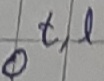
Text: ot,l